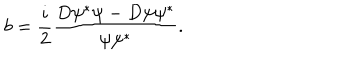
b = \frac i 2 \frac { D \psi ^ { * } \psi - D \psi \psi ^ { * } } { \psi \psi ^ { * } } .